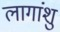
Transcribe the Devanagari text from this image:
लागांशु